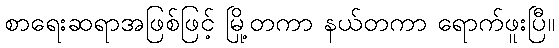
စာရေးဆရာအဖြစ်ဖြင့် မြို့တကာ နယ်တကာ ရောက်ဖူးပြီ။